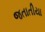
જતાતીયા